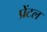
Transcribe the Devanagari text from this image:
प्रेंटल